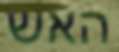
האש